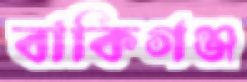
বাকিগঞ্জ